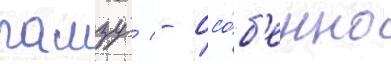
гамзу / - осо́б'енно